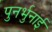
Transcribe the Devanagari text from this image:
पुनर्भुनाई